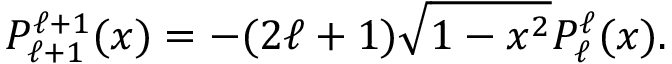
P _ { \ell + 1 } ^ { \ell + 1 } ( x ) = - ( 2 \ell + 1 ) \sqrt { 1 - x ^ { 2 } } P _ { \ell } ^ { \ell } ( x ) .